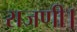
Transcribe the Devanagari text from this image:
राजणी।